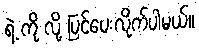
ရဲ့ ကို လို့ ပြင်ပေးလိုက်ပါမယ်။